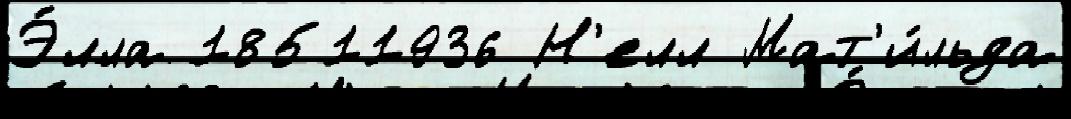
Э́лла 18511936 Н'елл Мат'и́льда